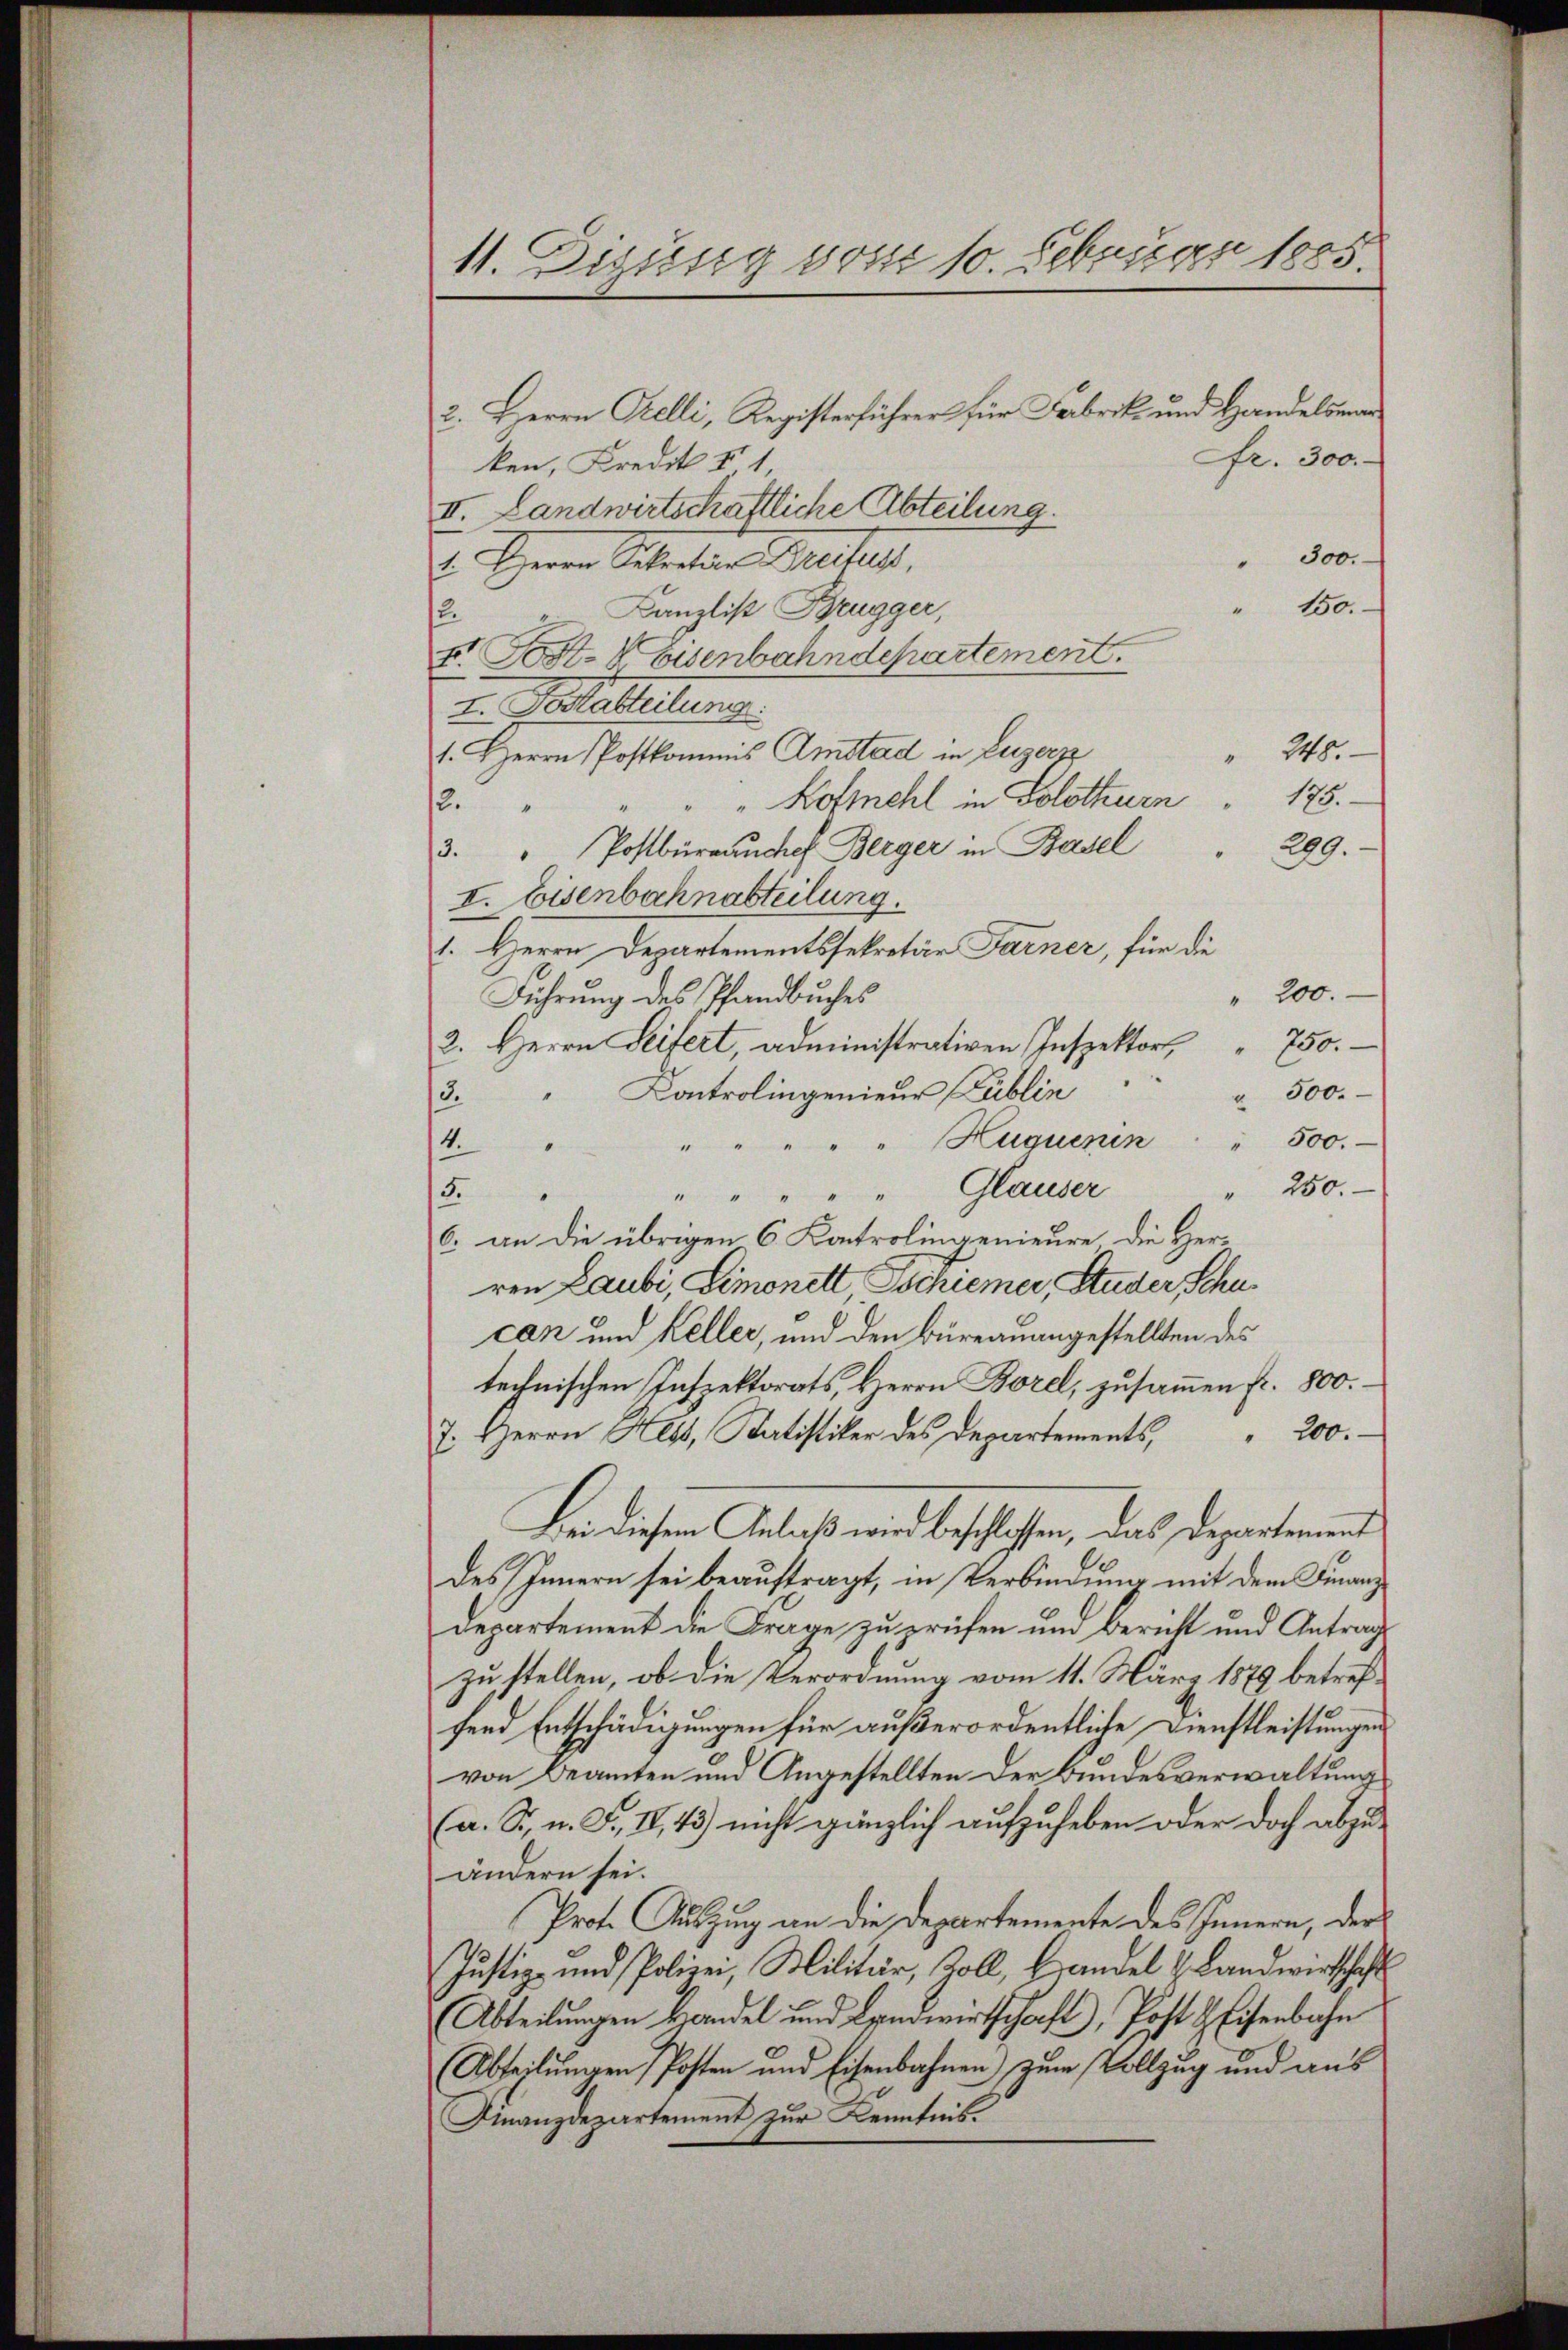
11. Digung vom 10. Februar 1885.

2. Herrn Prelli, Registerführer für Fabrik- und Handelsman
Fr. 300.
ken, Kredit I 1
II. Landwirtschaftliche Abteilung.
300.
. Herrn Getreten Breitet.
150.
Kanzlist Brugger,
2.
F. Post. V Eisenbahndepartement.
I. Petertheilung.
 248.
1. Herrn Postkommis Amstad in Luzern
189.
Kofmehl in Solothurn
.
229.
3. " Postbüreauchef Berger in Basel
I. Eisenbahnabteilung.
1. Herrn Departementssekretär Farner, für die
" 200.
Führung des Pfandbuches
750.
2. Herrn Seifert, administrativen Inspektors,
Controlingenieur Publin
" 500.
3.
500.
Huquesien "
4.
Glauser
" 250.
3.
6. an die übrigen 6 Kontrolingenieure die Her-
ren Laubi, Limonett Tschiener, Studer Schucan und Keller, und den Büreau angestellten des
technischen Inspektorats, Herrn Borel, zusammen fr. 800.
 Herrn H. Ristik des Departements, " 200.
Bei diesem Anlaß wird beschlossen, das Departement
des Innern sei beauftragt, in Verbindung mit dem Finanz¬
Departement die Frage zu prüfen und Bericht und Antrag
zu stellen, ob die Verordnung vom 11. März 1879 betreffend Entschädigungen für außerordentliche Dienstleistungen
von Beamten und Angestellten der Bundesverwaltung
(a. S., n. F. II,43) nicht gänzlich aufzuheben oder doch abzuändern sei.
Prot. Auszug an die Departemente des Innern, der
Justiz- und Polizei, Militär, Koll, Handel & Landwirtschaft
Abteilŭngen kandel und Landwirtschaft, Post & Eisenbahn
Abteilungen Posten und Eisenbahnen zum Vollzug und aus
Finanzdepartement zur Kenntnis.